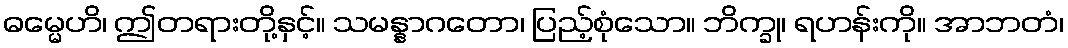
ဓမ္မေဟိ၊ ဤတရားတို့နှင့်။ သမန္နာဂတော၊ ပြည့်စုံသော။ ဘိက္ခု၊ ရဟန်းကို။ အာဘတံ၊